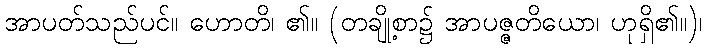
အာပတ်သည်ပင်။ ဟောတိ၊ ၏။ (တချို့စာ၌ အာပဇ္ဇတိယော၊ ဟုရှိ၏။)၊